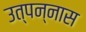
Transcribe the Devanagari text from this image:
उत्पन्नास